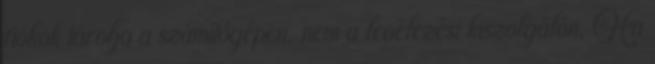
fiókok tárolja a számítógépen, nem a levelezési kiszolgálón. Ha